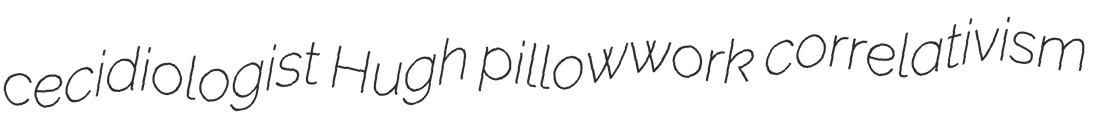
cecidiologist Hugh pillowwork correlativism